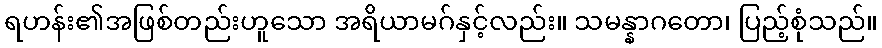
ရဟန်း၏အဖြစ်တည်းဟူသော အရိယာမဂ်နှင့်လည်း။ သမန္နာဂတော၊ ပြည့်စုံသည်။